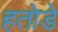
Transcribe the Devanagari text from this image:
हतोडे